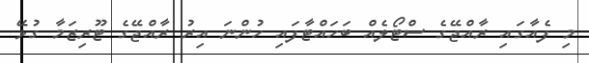
މި ފެއާގައި ރާއްޖޭގެ ސްޓޯލެއް ބަހައްޓާފައި ހުންނަ އިރު ރާއްޖޭގެ ޓޫރިޒަމާ ގުޅޭ